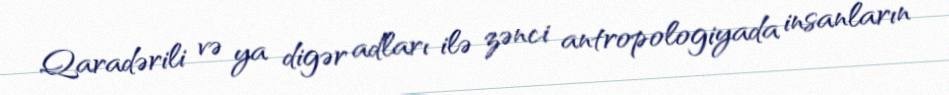
Qaradərili və ya digər adları ilə zənci antropologiyada insanların